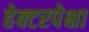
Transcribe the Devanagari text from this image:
हेक्टरपेक्षा